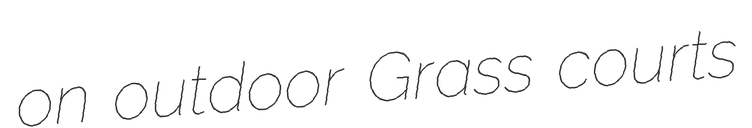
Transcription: on outdoor Grass courts